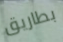
بطاريق